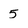
Character: 5